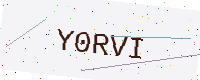
Text: Y0RVI